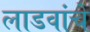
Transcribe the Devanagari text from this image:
लाडवांचे